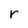
Character: r